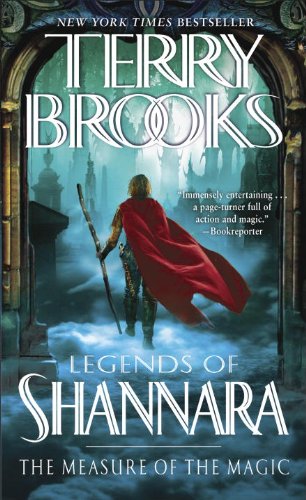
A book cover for The Measure of the Magic: Legends of Shannara (Pre-Shannara: Legends of Shannara); Terry Brooks; Science Fiction & Fantasy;